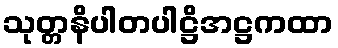
သုတ္တနိပါတပါဋ္ဌိအဋ္ဌကထာ